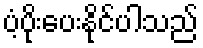
ပံ့ပိုးပေးနိုင်ပါသည်